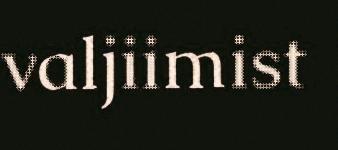
valjiimist